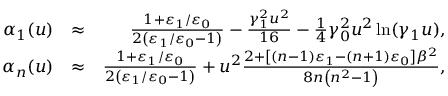
\begin{array} { r l r } { \alpha _ { 1 } ( u ) } & { \approx } & { \frac { 1 + \varepsilon _ { 1 } / \varepsilon _ { 0 } } { 2 \left( \varepsilon _ { 1 } / \varepsilon _ { 0 } - 1 \right) } - \frac { \gamma _ { 1 } ^ { 2 } u ^ { 2 } } { 1 6 } - \frac { 1 } { 4 } \gamma _ { 0 } ^ { 2 } u ^ { 2 } \ln ( \gamma _ { 1 } u ) , } \\ { \alpha _ { n } ( u ) } & { \approx } & { \frac { 1 + \varepsilon _ { 1 } / \varepsilon _ { 0 } } { 2 \left( \varepsilon _ { 1 } / \varepsilon _ { 0 } - 1 \right) } + u ^ { 2 } \frac { 2 + \left[ \left( n - 1 \right) \varepsilon _ { 1 } - \left( n + 1 \right) \varepsilon _ { 0 } \right] \beta ^ { 2 } } { 8 n \left( n ^ { 2 } - 1 \right) } , } \end{array}